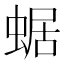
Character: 蜛